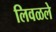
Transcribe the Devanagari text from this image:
लिवळले